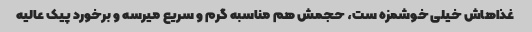
غذاهاش خیلی خوشمزه ست، حجمش هم مناسبه گرم و سریع میرسه و برخورد پیک عالیه